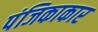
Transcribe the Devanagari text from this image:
पंजिकाकार